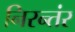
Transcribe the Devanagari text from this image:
निरन्तंर